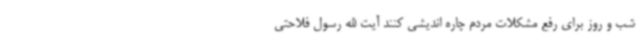
شب و روز برای رفع مشکلات مردم چاره اندیشی کنند آیت الله رسول فلاحتی